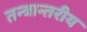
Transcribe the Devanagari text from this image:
तन्त्रान्तरीय